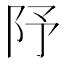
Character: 䦽